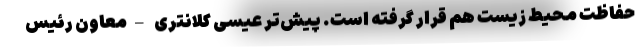
حفاظت محیط زیست هم قرار گرفته است. پیش‌تر عیسی کلانتری –معاون رئیس